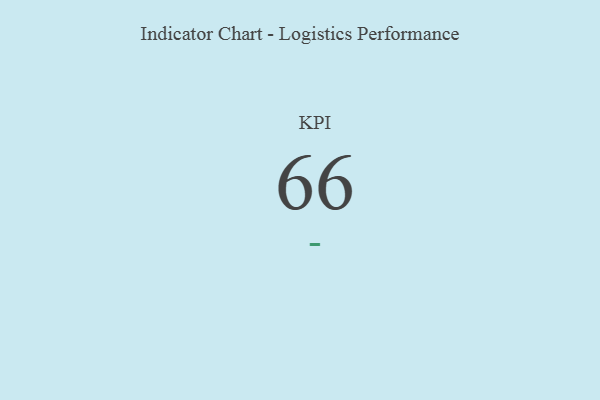
{"axis": {"x": "KPI", "y": "Value"}, "legend": [""], "data": [{"x": "KPI", "y": 66, "type": ""}]}